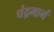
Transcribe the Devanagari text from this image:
चंद्रमार्ग